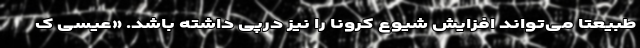
طبیعتا می‌تواند افزایش شیوع کرونا را نیز درپی داشته باشد. «عیسی ک